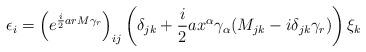
LaTeX: \begin{align*}\epsilon_{i} = \left(e^{\frac{i}{2} a r M \gamma_{r}}\right)_{ij} \left(\delta_{jk} + \frac{i}{2} a x^{\alpha} \gamma_{\alpha} (M_{jk} - i\delta_{jk} \gamma_{r}) \right) \xi_{k}\end{align*}